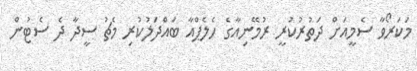
މަކަރޯވާ ސެމީއަށް ދަތުރުކުރީ ރުމޭނިއާގެ ހެލެޕްއާ ބަައްދަލުކުރި މެޗު ސީދާ ދެ ސެޓުން